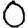
Digit: 0